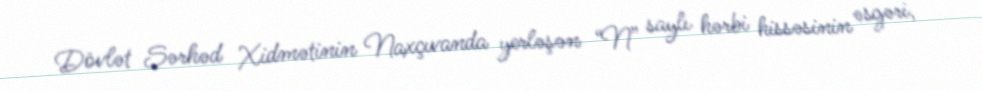
Dövlət Sərhəd Xidmətinin Naxçıvanda yerləşən “N” saylı hərbi hissəsinin əsgəri,